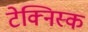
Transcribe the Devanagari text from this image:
टेक्निस्क